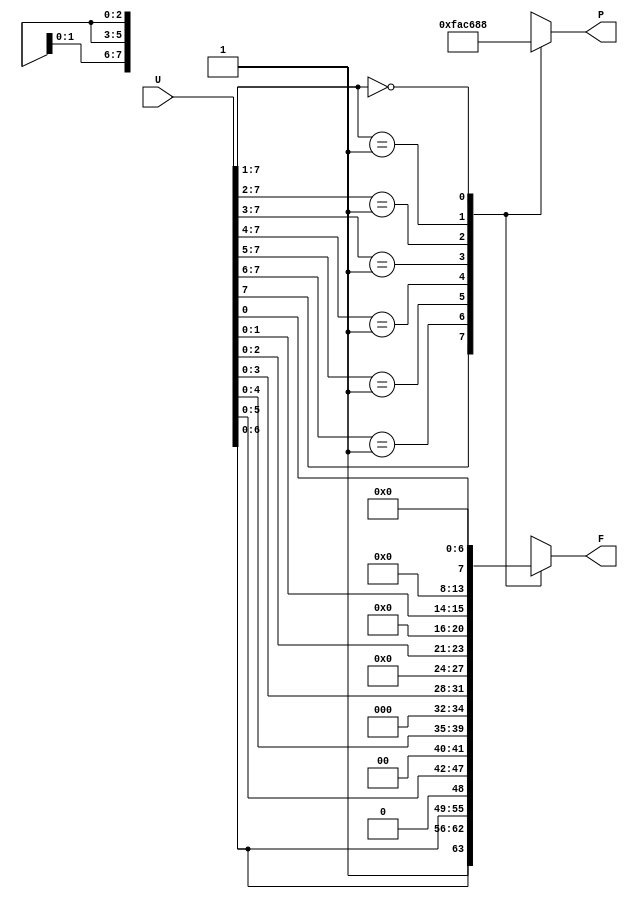
module Float_8bit(U, F, P);
	input [7:0] U;
	output reg [7:0] F;
	output reg [2:0] P;

	always @(*) begin
		casex (U)
			8'b1???????: begin P <= 3'b111; F <= U; end
			8'b01??????: begin P <= 3'b110; F <= U << 1; end
			8'b001?????: begin P <= 3'b101; F <= U << 2; end
			8'b0001????: begin P <= 3'b100; F <= U << 3; end
			8'b00001???: begin P <= 3'b011; F <= U << 4; end
			8'b000001??: begin P <= 3'b010; F <= U << 5; end
			8'b0000001?: begin P <= 3'b001; F <= U << 6; end
			8'b0000000?: begin P <= 3'b000; F <= U << 7; end
		endcase
	end
	
endmodule